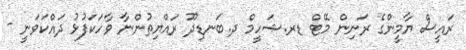
ރައީސް ޔާމީންގެ ރަނިން މޭޓް ޑރ.ޝަހީމް ދ.ބަނޑިދޫ ރައްޔިތުންނާ ވާހަކަފުޅު ދައްކަވަނީ -